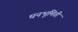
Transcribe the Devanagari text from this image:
घनभूमिती